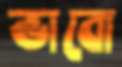
ভাবো